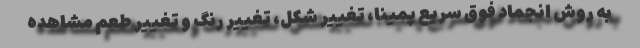
به روش انجماد فوق سریع پمینا، تغییر شکل، تغییر رنگ و تغییر طعم مشاهده